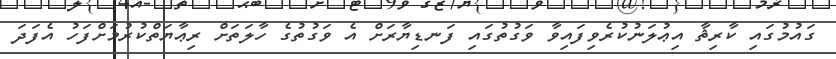
ގައުމުގައި ކާރިޘާ އިޢުލަނުކުރެވިފައިވާ ވަގުތުގައި ފަނޑިޔާރަށް އެ ވަގުތުގެ ހާލަތަށް ރިޢާޔަތްކުރުމަށްފަހު އެފަދަ